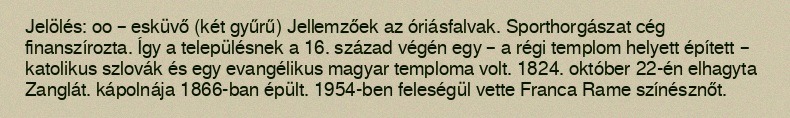
Jelölés: oo – esküvő (két gyűrű) Jellemzőek az óriásfalvak. Sporthorgászat cég finanszírozta. Így a településnek a 16. század végén egy – a régi templom helyett épített – katolikus szlovák és egy evangélikus magyar temploma volt. 1824. október 22-én elhagyta Zanglát. kápolnája 1866-ban épült. 1954-ben feleségül vette Franca Rame színésznőt.